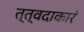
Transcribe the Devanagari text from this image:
त्त्वदाकारं